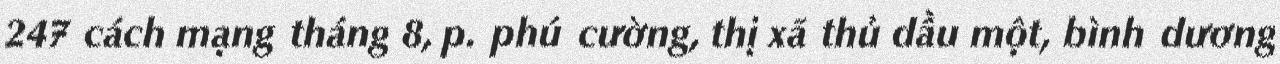
247 cách mạng tháng 8, p. phú cường, thị xã thủ dầu một, bình dương